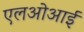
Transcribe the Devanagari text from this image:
एलओआई